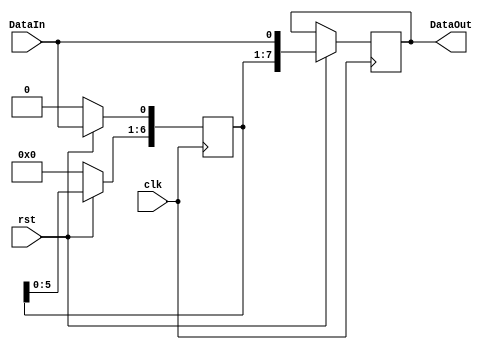
module sipo(clk,rst,DataIn,DataOut);
  input clk,rst;
  input DataIn;
  output reg [7:0]DataOut;
  reg [7:0]temp;
  always @(posedge clk)
  begin 
    if(!rst)
      temp=8'b00000000;
    else
      begin
         temp=temp<<1;
         temp[0]=DataIn;
         DataOut=temp;
      end
   end
   
endmodule